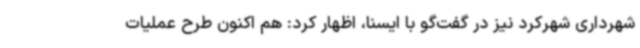
شهرداری شهرکرد نیز در گفت‌گو با ایسنا، اظهار کرد: هم اکنون طرح عملیات